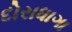
દોરાધાગા